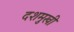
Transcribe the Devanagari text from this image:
दशमुखी